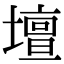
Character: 壇